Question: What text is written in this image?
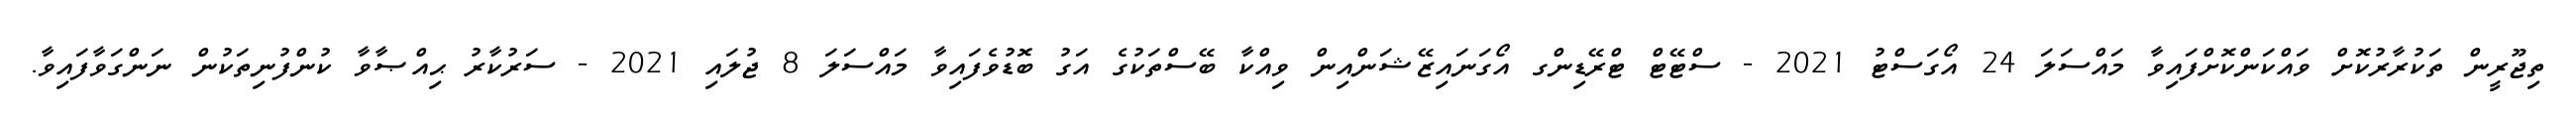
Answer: ތިޖޫރީން ތަކުރާރުކޮށް ވައްކަންކޮށްފައިވާ މައްސަލަ 24 އޯގަސްޓު 2021 - ސްޓޭޓް ޓްރޭޑިންގ އޯގަނައިޒޭޝަންއިން ވިއްކާ ބޭސްތަކުގެ އަގު ބޮޑުވެފައިވާ މައްސަލަ 8 ޖުލައި 2021 - ސަރުކާރު ޙިއްޞާވާ ކުންފުނިތަކުން ނަންގަވާފައިވާ.